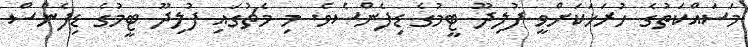
މަސައްކަތުގެ ހުރަހަކަށްވީ ފުލިދޫ ޓީމުގެ ޑިފެންސެވެ. މި މެޗުގައި ފުލިދޫ ޓީމުގެ ޑިފެންސް